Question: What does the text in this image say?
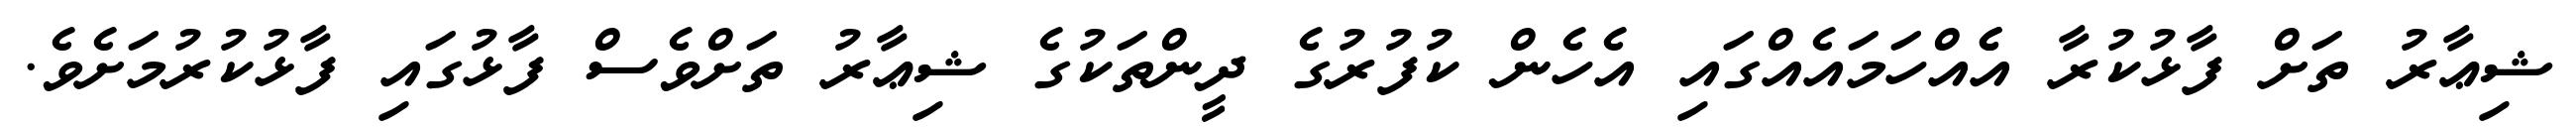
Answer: ޝިޢާރު ތަށް ފާޅުކުރާ އެެއްހަމައެއްގައި އެހެން ކުފުރުގެ ދީންތަކުގެ ޝިޢާރު ތަށްވެސް ފާޅުގައި ފާޅުކުރުމަށެވެ.